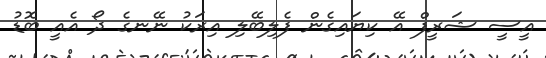
އީސީ ޝަރީފް އޭ ކިޔައިގެން ފެލިބޭލި އިރަކު ނޭނގެ ދޯ އެއީ ބޮޑު